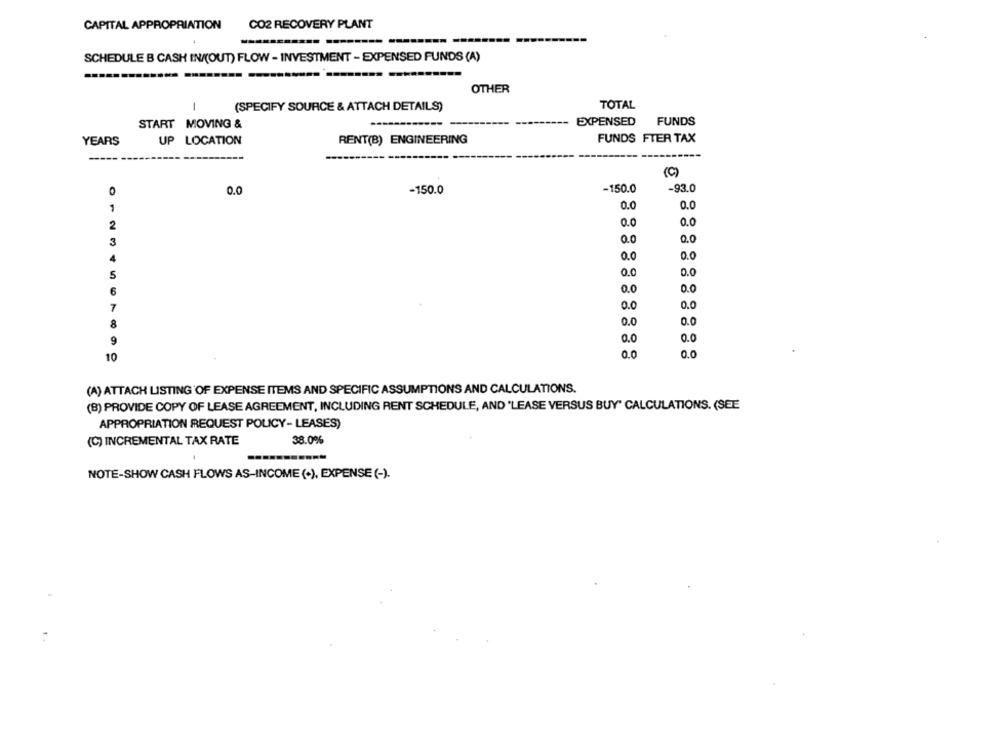
CAPITAL APPROPRIATION
CO2 RECOVERY PLANT
---
SCHEDULE B CASH IN/(OUT) FLOW - INVESTMENT - EXPENSED FUNDS (A)
OTHER
TOTAL
1
(SPECIFY SOURCE & ATTACH DETAILS)
EXPENSED
FUNDS
START MOVING &
YEARS
UP LOCATION
RENT(B) ENGINEERING
FUNDS FTER TAX
(C)
-93.0
0
0.0
-150.0
-150.0
1
0.0
0.0
2
0.0
0.0
3
0.0
0,0
0.0
0.0
4
5
0.0
0.0
6
0.0
0.0
7
0.0
0.0
0.0
0.0
8
0.0
9
0.0
10
0.0
0.0
(A) ATTACH LISTING OF EXPENSE ITEMS AND SPECIFIC ASSUMPTIONS AND CALCULATIONS.
(B) PROVIDE COPY OF LEASE AGREEMENT, INCLUDING RENT SCHEDULE, AND 'LEASE VERSUS BUY" CALCULATIONS. (SEE
APPROPRIATION REQUEST POLICY- LEASES)
(C) INCREMENTAL TAX RATE
38.0%
NOTE-SHOW CASH FLOWS AS-INCOME (.), EXPENSE (-).